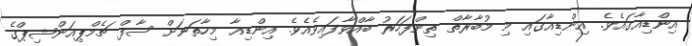
އިންޑިއާގައެވެ. އިންޑިއާގައި މި މުބާރާތް ތިންފަހަރު ބާއްވާފައިވެއެވެ. އިންޑިއާ މިހާތަނަށް ސާފް ޗެމްޕިއަންޝިޕްގެ